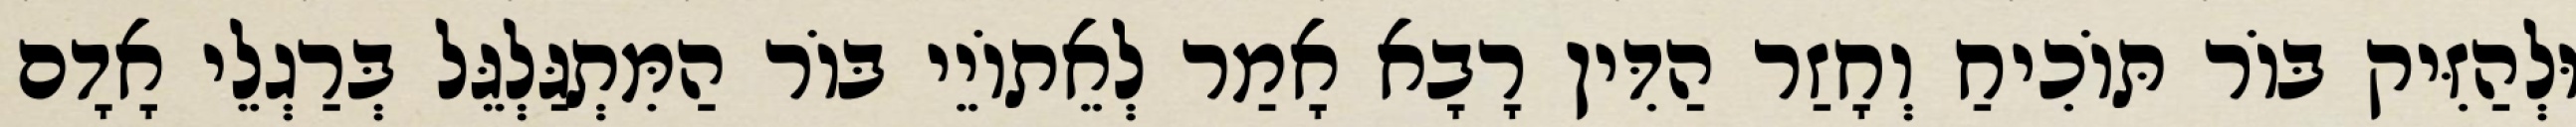
וּלְהַזִּיק בּוֹר תּוֹכִיחַ וְחָזַר הַדִּין רָבָא אָמַר לְאֵתוֹיֵי בּוֹר הַמִּתְגַּלְגֵּל בְּרַגְלֵי אָדָם